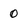
Character: 0